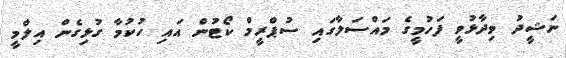
ނަޝީދު ވިދާޅުވީ ފަހުމީގެ މައްސަލާގައި ސުޕްރީމް ކޯޓުން އައި ހުކުމާ ގުޅިގެން އިލްމީ